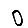
Digit: 0